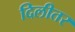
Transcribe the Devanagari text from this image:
दिलीतर